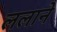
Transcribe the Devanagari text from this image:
ललाने